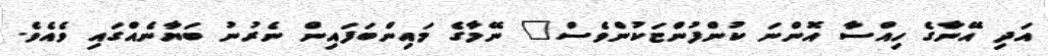
އަދި އޭނާގެ ހިއްސާ އޮންނަ ކުންފުންޏަކުންވެސް" ނޭމާގެ މައިންބަފައިން ނެރުނު ބަޔާނެއްގައި ވެއެވެ.